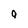
Character: a